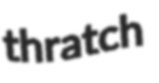
thratch